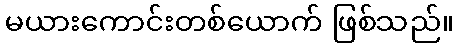
မယားကောင်းတစ်ယောက် ဖြစ်သည်။